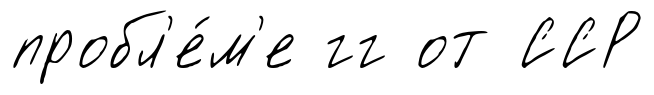
пробл'е́м'е гг от ССР